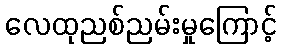
လေထုညစ်ညမ်းမှုကြောင့်